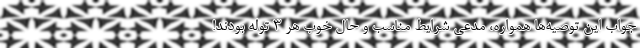
جواب این توصیه‌ها همواره، مدعی شرایط مناسب و حال خوب هر 3 توله بودند!